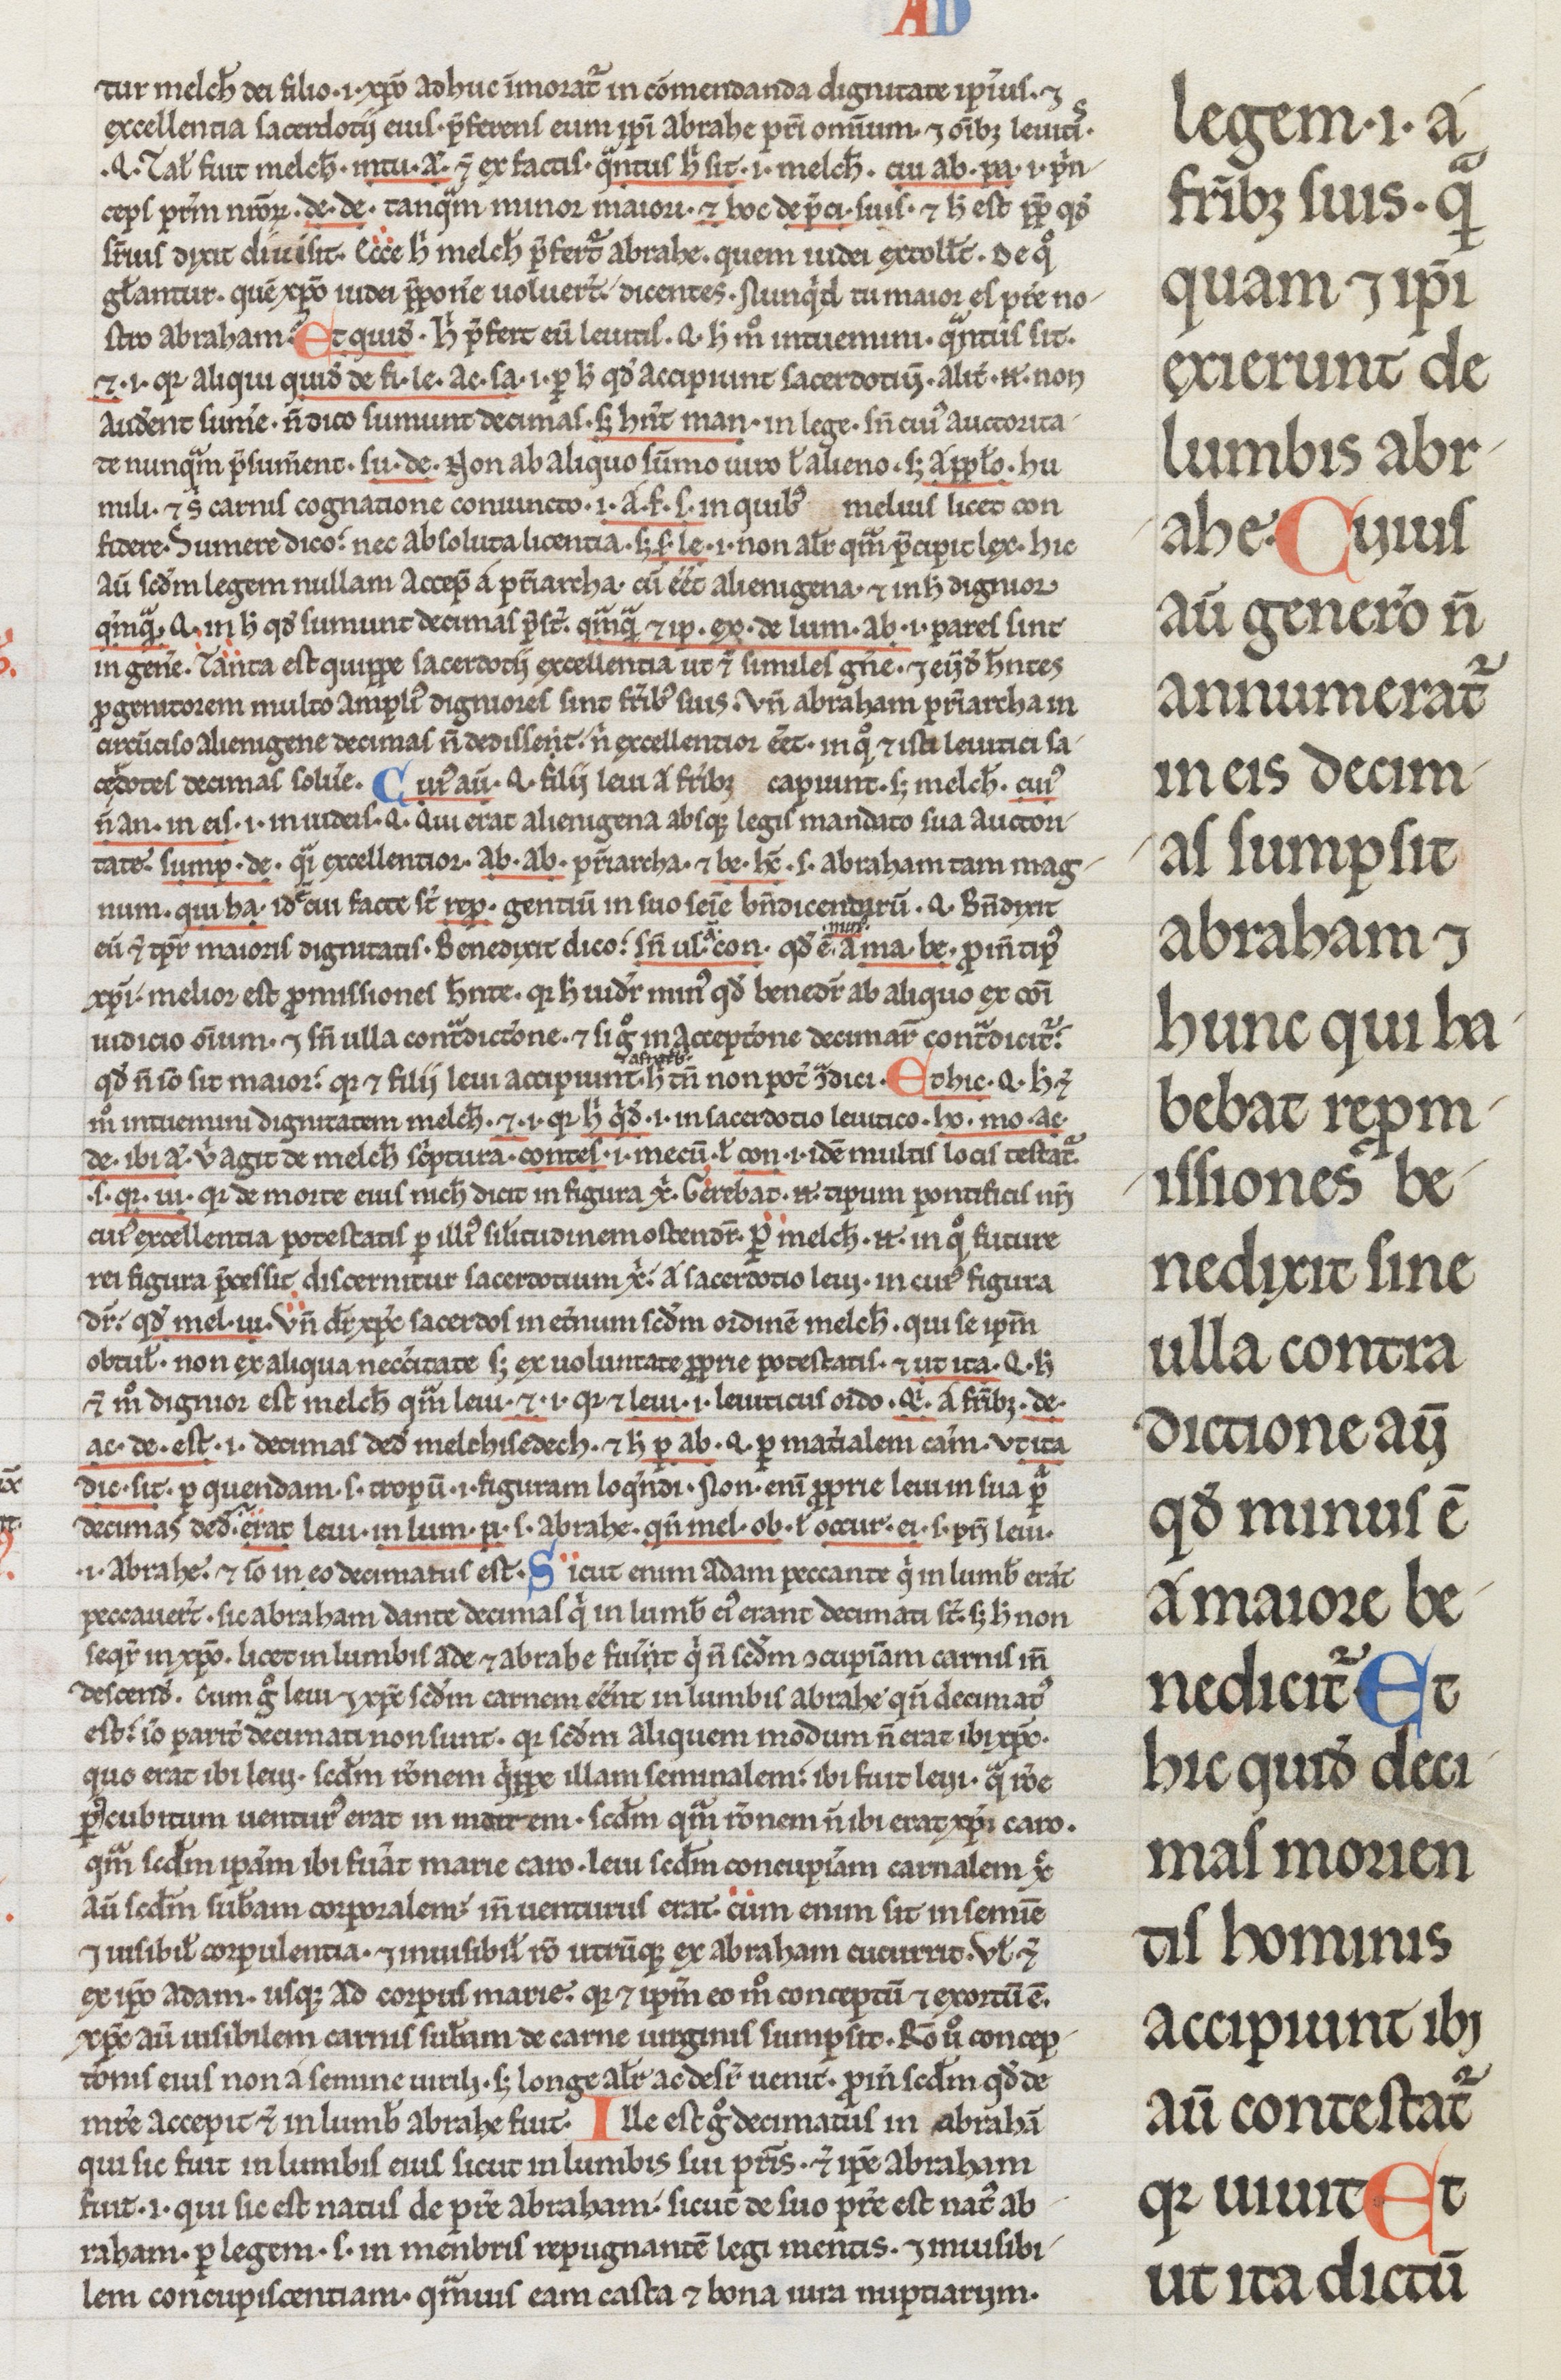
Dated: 1200–1299